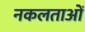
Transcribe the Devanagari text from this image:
नकलताओं